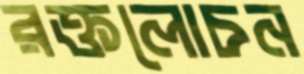
রক্তলোচন